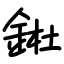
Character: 𨧀